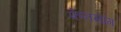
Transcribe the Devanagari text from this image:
फेनसांग